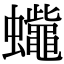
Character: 𧕓